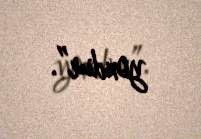
yoxdur”.